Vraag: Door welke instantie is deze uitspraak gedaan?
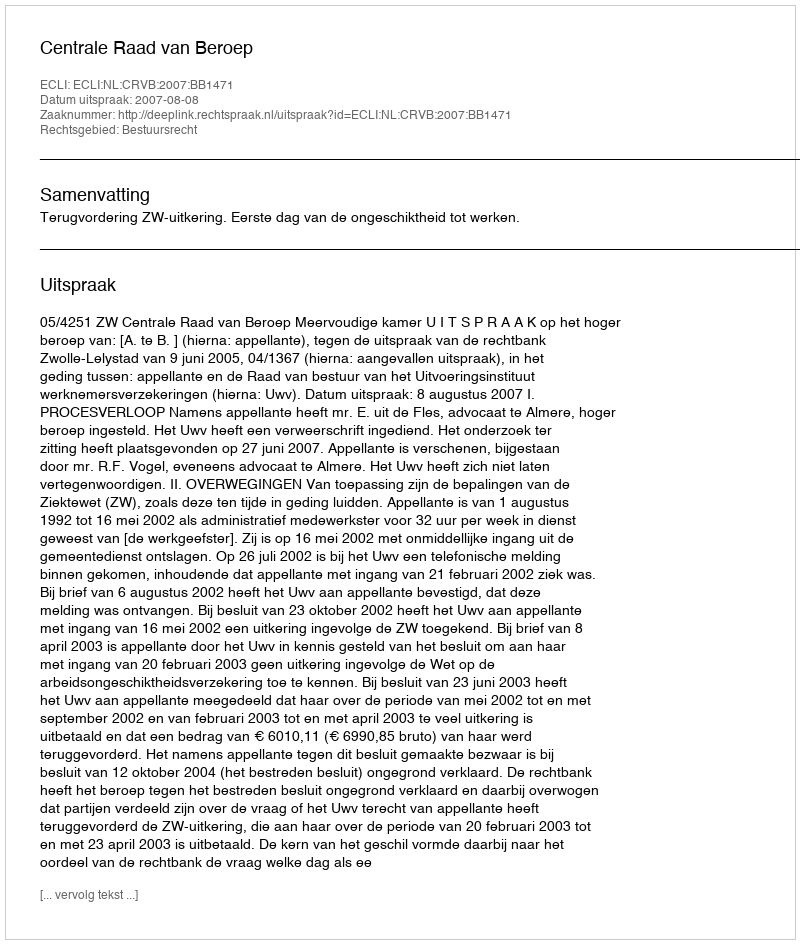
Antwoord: Centrale Raad van Beroep